Report on vaccination in Madras 1895-1903 - 1895-1903
Year: 1895
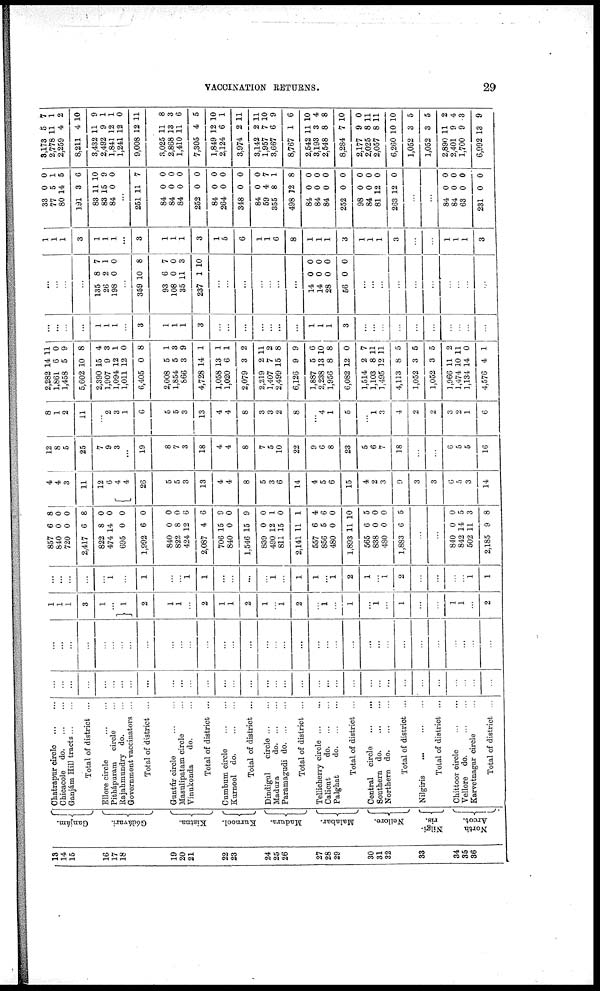
VACCINATION RETURNS.
29
13
14
15
16
17
18
19
20
21
22
23
24
25
26
27
28
29
30
31
32
33
34
35
36
Ganjám.
Gódávari.
Kistna.
Kurnool.
Madura.
Malabar.
Nellore.
Nilgi¬
ris.
North
Arcot.
Chatrapur
circle...
...
Chicacole d
o
. ... ...
Ganjám Hill tracts... ...
Total of district ...
Ellore
circle...
...
Pithápuram circle...
Rajahmundry do. ...
Government vaccinators ...
Total of district ...
Guntúr
circle...
...
Masulipatam circle...
Vinukonda
do. ...
Total of district ...
Cumbum circle
...
...
Kurnool do.
...
...
Total of district ...
Dindigul
circle... ...
Madura
do
Paramagudi d
o
. ... ...
Total of district ...
Tellicherry circle
Calicut
d
o
. ... ...
Palghat
d
o
. ... ...
Total,of district ...
Central
circle... ...
Southern do. ... ...
Northern d
o
. ... ...
Total of district ...
Nilgiris
...
...
...
Total of district...
Chittoor
circle...
...
Vellore do.
...
...
Karvetnagar circle...
Total of district ...
...
...
...
...
...
...
...
...
...
...
...
...
...
...
...
...
...
...
...
...
...
...
...
...
...
...
...
...
...
...
...
...
...
...
...
...
...
...
...
...
...
...
...
...
...
...
...
...
...
...
...
...
...
...
...
...
...
...
...
...
...
...
...
...
...
...
...
...
1
1
1
3
1
... 1
2
1
1
...
2
1
1
2
1
...
1
2
...
1
...
1
...
1
...
1
...
...
1
1
...
2
...
...
...
...
...
1
...
1
...
...
1
1
...
...
...
...
1
...
1
1
...
1
2
1
...
1
2
...
...
...
...
1
1
857
840
720
2,417
822
474
695
1,992
840
822
424
2,087
706
840
1,546
839
490
811
2,141
557
856
480
1,893
565
838
480
1,883
6
0
0
6
8
14
0
6
0
8
12
4
15
0
15
0
12
15
11
6
5
0
11
6
0
0
6
8
0
0
8
0
0
0
0
0
0
6
6
9
0
9
0
1
0
1
4
6
0
10
5
0
0
5
...
...
840
842
502
2,185
0
14
11
9
0
5
3
8
4
4
3
11
12
6
4 4
26
5
5
3
13
4
4
8
5
3
6
14
4
5
6
15
4
2
3
9
3
3
6
5
3
14
12
8
5
25
7
9
3
...
19
8
7
3
18
4
4
8
7
5
10
22
9
6
8
23
5
6
7
18
...
...
6
5
5
16
8
1
2
11
...
2
3
1
6
5
5
3
13
4
4
8
3
3
2
8
...
4
1
5
...
1
3
4
2
2
3
2
1
6
2,282
1,861
1,458
5,602
2,390
1,907
1,094
1,011
6,405
2,008
1,854
866
4,728
1,058
1,020
2,079
2,219
1,407
2,499
6,126
1,887
2,238
1,956
6,082
1,514
1,103
1,495
4,113
1,052
1,052
1,966
1,474
1,134
4,576
14
6
5
10
15
9
12
12
0
5
5
3
14
13
6
3
2
7
15
9
5
13
8
12
2
8
12
8
3
3
11
10
14
4
11
0
9
8
4
3
1
0
8
1
3
9
1
1
1
2
11
2
8
9
6
10
8
0
7
11
11
5
6
5
2
11
0
1
...
...
...
...
1
1
1
...
3
1
1
1
3
...
...
...
...
...
...
...
1
1
1
3
...
...
...
...
...
...
...
...
...
...
...
...
...
...
135
26
198
8
2
0
7
1
0
...
359
93
108
35
237
10
6
0
11
1
8
7
0
3
10
...
...
...
...
...
...
...
14
14
28
56
0
0
0
0
0
0
0
0
...
...
...
...
...
...
...
...
...
...
1
1
1
3
1
1
1
...
3
1
1
1
3
1
5
6
1
1
6
8
1
1
1
3
1
1
1
3
...
...
1
1
1
3
33
77
80
191
83
83
84
0
5
14
3
11
15
0
0
1
5
6
10
9
0
...
251
84
84
84
252
84
264
348
84
59
355
498
84
84
84
252
98
84
81
263
11
0
0
0
0
0
0
0
0
4
8
12
0
0
0
0
0
0
12
12
7
0
0
0
0
0
0
0
0
7
1
8
0
0
0
0
0
0
0
0
...
...
84
84
63
231
0
0
0
0
0
0
0
0
3,173
2,778
2,259
8,211
3,432
2,492
1,841
1,241
9,008
3,025
2,868
1,410
7,305
1,849
2,124
3,974
3,142
1,957
3,667
8,767
2,542
3,193
2,548
8,284
2,177
2,025
2,057
6,260
1,052
1,052
2,890
2,401
1,700
6,992
5
11
4
4
11
9
12
12
12
11
13
11
4
12
6
2
2
7
6
1
11
3
8
7
9
8
8
10
3
3
11
9
9
13
7
1
2
10
9
1
1
0
11
8
3
6
5
10
1
11
11
10
9
6
10
4
8
10
0
11
11
10
5
5
2
4
3
9